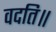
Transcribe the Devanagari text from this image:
वदति॥